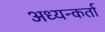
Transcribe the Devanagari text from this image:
अध्यन्कर्ता